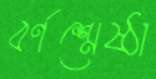
বর্ণশ্রেষ্ঠা